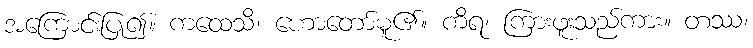
အကြောင်းပြု၍။ ကထေသိ၊ ဟောတော်မူ၏။ ကိရ၊ ကြားဖူးသည်ကား။ တဿ၊